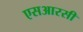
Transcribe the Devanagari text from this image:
एसआरसी